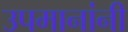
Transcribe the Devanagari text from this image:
उपमानांनी